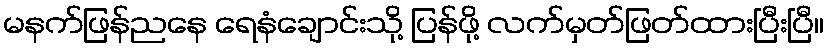
မနက်ဖြန်ညနေ ရေနံချောင်းသို့ ပြန်ဖို့ လက်မှတ်ဖြတ်ထားပြီးပြီ။